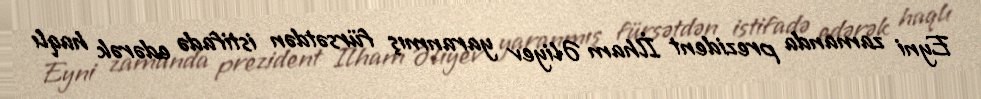
Eyni zamanda prezident İlham Əliyev yaranmış fürsətdən istifadə edərək haqlı